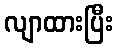
လျာထားပြီး